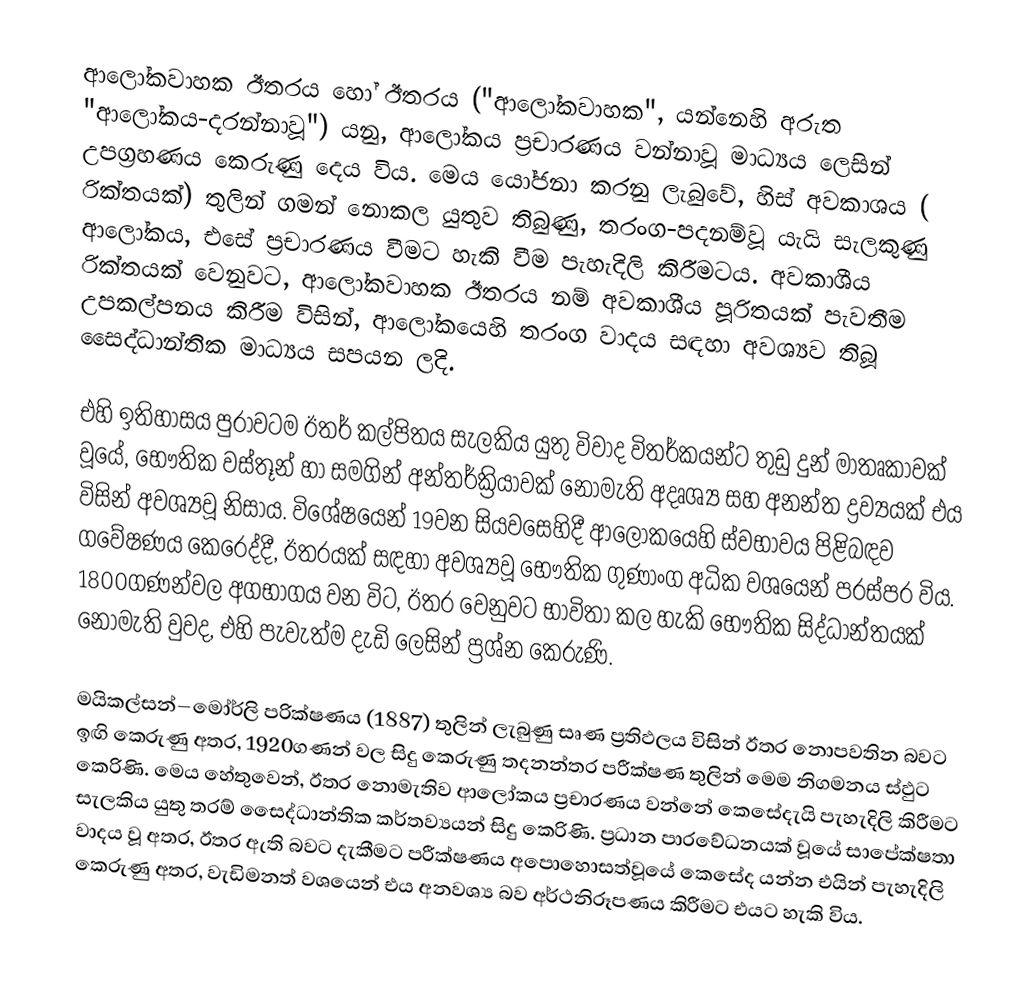
ආලෝකවාහක ඊතරය හෝ  ඊතරය ("ආලෝකවාහක", යන්නෙහි අරුත "ආලෝකය-දරන්නාවූ") යනු, ආලෝකය ප්‍රචාරණය වන්නාවූ මාධ්‍යය ලෙසින් උපග්‍රහණය කෙරුණු දෙය විය.  මෙය යෝජනා කරනු ලැබුවේ, හිස් අවකාශය ( රික්තයක්) තුලින් ගමන් නොකල යුතුව තිබුණු,  තරංග-පදනම්වූ යැයි සැලකුණු ආලෝකය, එසේ ප්‍රචාරණය වීමට හැකි වීම පැහැදිලි කිරීමටය. අවකාශීය රික්තයක් වෙනුවට,  ආලෝකවාහක ඊතරය නම් අවකාශීය පූරිතයක් පැවතීම උපකල්පනය කිරීම විසින්, ආලෝකයෙහි  තරංග වාදය සඳහා අවශ්‍යව තිබූ සෛද්ධාන්තික මාධ්‍යය සපයන ලදි.

එහි ඉතිහාසය පුරාවටම ඊතර් කල්පිතය සැලකිය යුතු විවාද විතර්කයන්ට තුඩු දුන් මාතෘකාවක් වූයේ, භෞතික වස්තූන් හා සමගින්  අන්තර්ක්‍රියාවක් නොමැති අදෘශ්‍ය සහ අනන්ත ද්‍රව්‍යයක් එය විසින් අවශ්‍යවූ නිසාය. විශේෂයෙන් 19වන සියවසෙහිදී ආලෝකයෙහි ස්වභාවය පිළිබඳව ගවේෂණය කෙරෙද්දී, ඊතරයක් සඳහා අවශ්‍යවූ භෞතික ගුණාංග අධික වශයෙන් පරස්පර විය. 1800ගණන්වල අගභාගය වන විට, ඊතර වෙනුවට භාවිතා කල හැකි භෞතික සිද්ධාන්තයක් නොමැති වුවද, එහි පැවැත්ම දැඩි ලෙසින් ප්‍රශ්න කෙරුණි.

මයිකල්සන්–මෝර්ලි පරික්ෂණය (1887) තුලින් ලැබුණු සෘණ ප්‍රතිඵලය විසින් ඊතර නොපවතින බවට ඉඟි කෙරුණු අතර, 1920ගණන් වල සිදු කෙරුණු තදනන්තර පරීක්ෂණ තුලින් මෙම නිගමනය ස්ඵුට කෙරිණි. මෙය හේතුවෙන්, ඊතර නොමැතිව ආලෝකය ප්‍රචාරණය වන්නේ කෙසේදැයි පැහැදිලි කිරීමට සැලකිය යුතු තරම් සෛද්ධාන්තික කර්තව්‍යයන් සිදු කෙරිණි. ප්‍රධාන පාරවේධනයක් වූයේ සාපේක්ෂතා වාදය වූ අතර, ඊතර ඇති බවට දැකීමට පරීක්ෂණය අපොහොසත්වූයේ කෙසේද යන්න එයින් පැහැදිලි කෙරුණු අතර, වැඩිමනත් වශයෙන් එය අනවශ්‍ය බව  අර්ථනිරූපණය කිරීමට එයට හැකි විය.